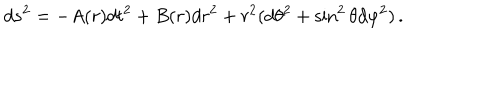
d s ^ { 2 } = - A ( r ) d t ^ { 2 } + B ( r ) d r ^ { 2 } + r ^ { 2 } ( d \theta ^ { 2 } + \sin ^ { 2 } \theta d \varphi ^ { 2 } ) \, .